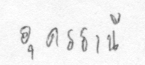
อุดรธานี